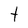
Character: t